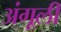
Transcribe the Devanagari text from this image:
अंगूली